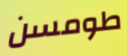
طومسن